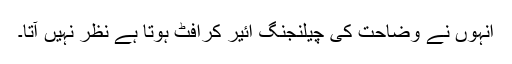
انہوں نے وضاحت کی چیلنجنگ ائیر کرافٹ ہوتا ہے نظر نہیں آتا۔